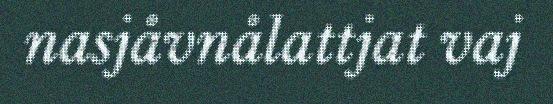
nasjåvnålattjat vaj